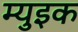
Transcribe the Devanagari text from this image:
म्युइक